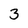
Character: 3